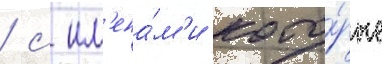
/ с им'ена́м'и кото́рые